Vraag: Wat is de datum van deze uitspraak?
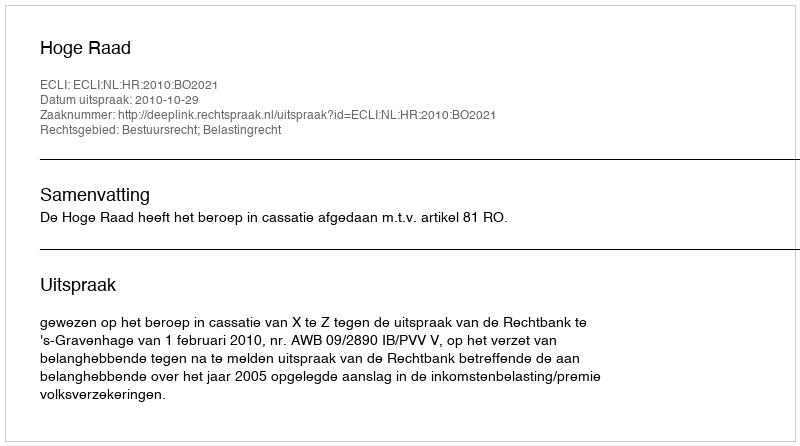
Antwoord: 2010-10-29